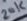
Text: 20K